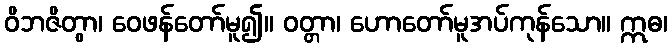
ဝိဘဇိတွာ၊ ဝေဖန်တော်မူ၍။ ဝတ္တာ၊ ဟောတော်မူအပ်ကုန်သော။ ဣဓ၊